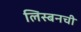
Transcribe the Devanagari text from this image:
लिस्बनची